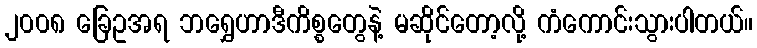
၂၀၀၈ ခြေဥအရ ဘရွှေဟာဒီကိစ္စတွေနဲ့ မဆိုင်တော့လို့ ကံကောင်းသွားပါတယ်။